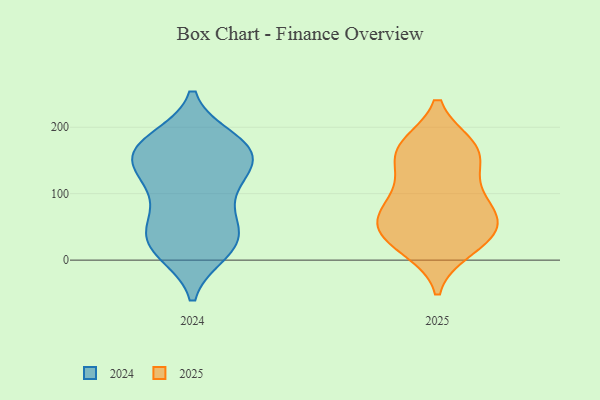
{"axis": {"x": "LTV (USD)", "y": "Value"}, "legend": ["2024", "2025"], "data": [{"x": "", "y": 181, "type": "2024"}, {"x": "", "y": 18, "type": "2024"}, {"x": "", "y": 18, "type": "2024"}, {"x": "", "y": 173, "type": "2024"}, {"x": "", "y": 45, "type": "2024"}, {"x": "", "y": 22, "type": "2024"}, {"x": "", "y": 158, "type": "2024"}, {"x": "", "y": 167, "type": "2024"}, {"x": "", "y": 12, "type": "2024"}, {"x": "", "y": 167, "type": "2024"}, {"x": "", "y": 158, "type": "2024"}, {"x": "", "y": 178, "type": "2024"}, {"x": "", "y": 37, "type": "2024"}, {"x": "", "y": 58, "type": "2024"}, {"x": "", "y": 130, "type": "2024"}, {"x": "", "y": 67, "type": "2024"}, {"x": "", "y": 131, "type": "2024"}, {"x": "", "y": 137, "type": "2024"}, {"x": "", "y": 113, "type": "2024"}, {"x": "", "y": 96, "type": "2024"}, {"x": "", "y": 37, "type": "2025"}, {"x": "", "y": 62, "type": "2025"}, {"x": "", "y": 65, "type": "2025"}, {"x": "", "y": 101, "type": "2025"}, {"x": "", "y": 26, "type": "2025"}, {"x": "", "y": 35, "type": "2025"}, {"x": "", "y": 170, "type": "2025"}, {"x": "", "y": 166, "type": "2025"}, {"x": "", "y": 164, "type": "2025"}, {"x": "", "y": 18, "type": "2025"}, {"x": "", "y": 65, "type": "2025"}, {"x": "", "y": 105, "type": "2025"}, {"x": "", "y": 140, "type": "2025"}, {"x": "", "y": 66, "type": "2025"}, {"x": "", "y": 171, "type": "2025"}]}